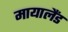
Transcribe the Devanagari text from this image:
मायालैंड